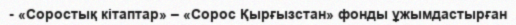
- «Соростық кітаптар» – «Сорос Қырғызстан» фонды ұжымдастырған